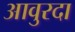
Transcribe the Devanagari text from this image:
आवुरदा